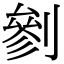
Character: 剼